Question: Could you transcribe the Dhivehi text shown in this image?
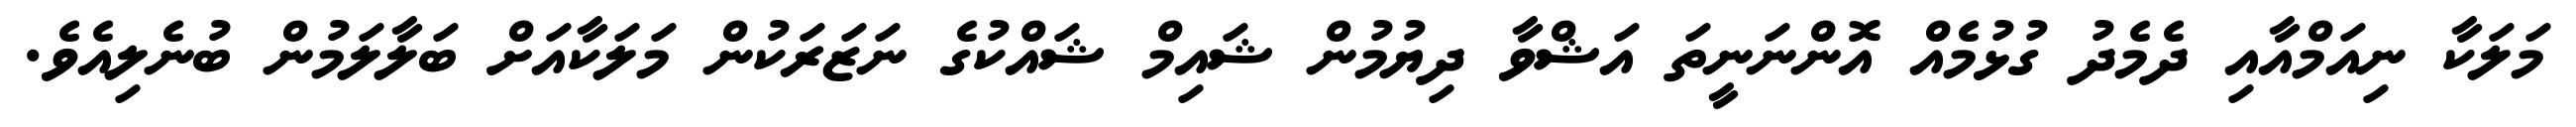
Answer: މަލަކާ ނިއަމްއާއި ދެމެދު ގުޅުމެއް އޮންނަނީތަ އަޝްވާ ދިޔުމުން ޝައިމް ޝައްކުގެ ނަޒަރަކުން މަލަކާއަށް ބަލާލަމުން ބުނެލިއެވެ.